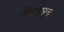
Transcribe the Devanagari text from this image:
बिनापूछना